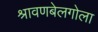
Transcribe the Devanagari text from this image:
श्रावणबेलगोला